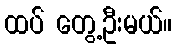
ထပ် တွေ့ဦးမယ်။